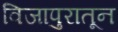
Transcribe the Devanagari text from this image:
विजापुरातून